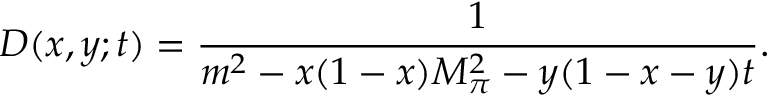
D ( x , y ; t ) = \frac { 1 } { m ^ { 2 } - x ( 1 - x ) M _ { \pi } ^ { 2 } - y ( 1 - x - y ) t } .